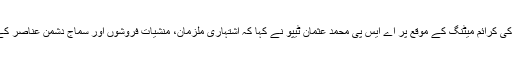
سب ڈویژنل آفس تخت بھائی میں سرکل ایس ایچ او زکی کرائم میٹنگ کے موقع پر اے ایس پی محمد عثمان ٹیپو نے کہا کہ اشتہاری ملزمان، منشیات فروشوں اور سماج دشمن عناصر کے خلا ف جاری اپریشن میں مزید تیز ی لائی جائے ۔